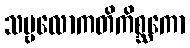
သဗ္ဗလောကတိကိစ္ဆကော